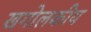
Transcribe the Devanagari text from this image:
खगोलकीय